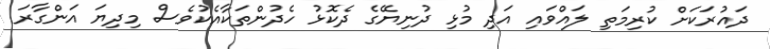
ދައުރަކަށް ކުރިމަތި ލައްވައި އަދި މުޅި ދުނިޔޭގެ ދެކޮޅު ހެދުންތަކާއެކުވެސް މިދިޔަ އަންގާރަ